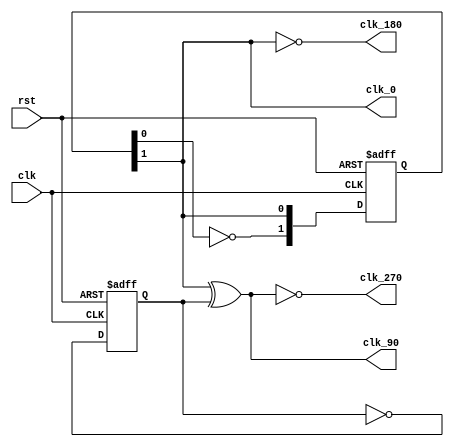
module clk_phase(
    input clk,
    input rst,
    output clk_0,
    output clk_90,
    output clk_180,
    output clk_270
    );
    reg [1:0] count;
    reg div_2;
    always @(posedge clk or negedge rst) begin
        if(~rst) begin
            count <= 0;
        end else begin
            count <= {~count[0], count[1]};
        end
    end

    always @(posedge clk or negedge rst) begin
        if (~rst) begin
            div_2 <= 0;
        end else begin
            div_2 = ~div_2;
        end
    end

    assign clk_0 = count[1];
    assign clk_90 = count[1] ^ div_2;
    assign clk_180 = ~count[1];
    assign clk_270 = ~clk_90;

endmodule